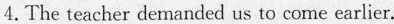
4.The teacher demanded us to come earlier.